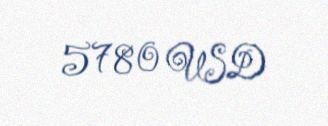
5780 USD